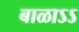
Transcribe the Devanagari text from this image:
बाळाऽऽ